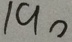
1 9 0